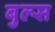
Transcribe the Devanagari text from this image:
बुल्‍स